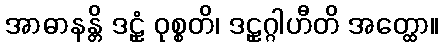
အာဓာနန္တိ ဒဠှံ ဝုစ္စတိ၊ ဒဠှဂ္ဂါဟီတိ အတ္ထော။